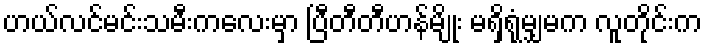
ဟယ်လင်မင်းသမီးကလေးမှာ ပြီတီတီဟန်မျိုး မရှိရုံမျှမက လူတိုင်းက